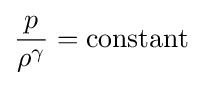
{\frac {p}{\rho ^{\gamma }}}={\text{constant}}